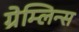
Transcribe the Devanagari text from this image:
ग्रेम्लिन्स